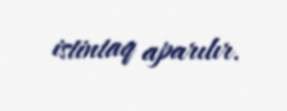
istintaq aparılır.